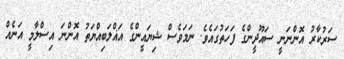
ސަރުކާރު އޮންނަނީ ސައޫދީންގެ ފަހަތުގައެވެ. ނަމަވެސް ޝިޔައީންގެ އަޣްލަބިއްޔަތު އޮންނަ އިސްލާމީ އަނެއް